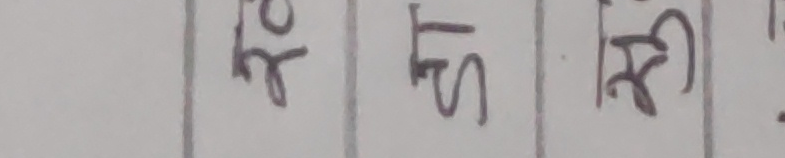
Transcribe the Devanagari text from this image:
खे मि री